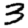
Digit: 3